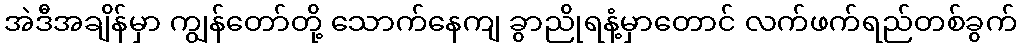
အဲဒီအချိန်မှာ ကျွန်တော်တို့ သောက်နေကျ ခွာညိုရနံ့မှာတောင် လက်ဖက်ရည်တစ်ခွက်